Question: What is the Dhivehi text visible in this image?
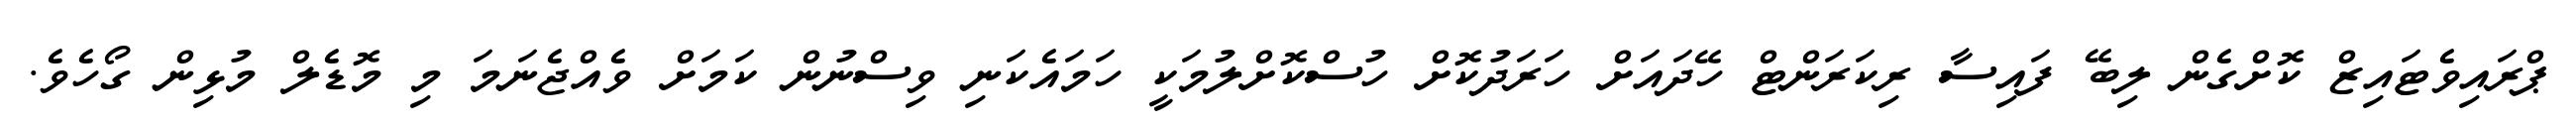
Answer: ޕްރައިވެޓައިޒް ކޮށްގެން ލިބޭ ފައިސާ ރިކަރަންޓް ހޭދައަށް ހަރަދުކޮށް ހުސްކޮށްލުމަކީ ހަމައެކަނި ވިސްނުން ކަމަށް ވެއްޖެނަމަ މި މޮޑެލް މުޅިން ގޯހެވެ.